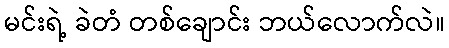
မင်းရဲ့ ခဲတံ တစ်ချောင်း ဘယ်လောက်လဲ။